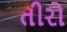
તીરો